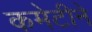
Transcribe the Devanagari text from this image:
कमेटीने